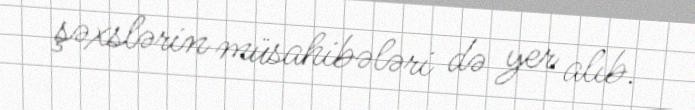
şəxslərin müsahibələri də yer alıb.